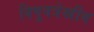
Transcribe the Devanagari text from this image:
विषुवत्रेखीय